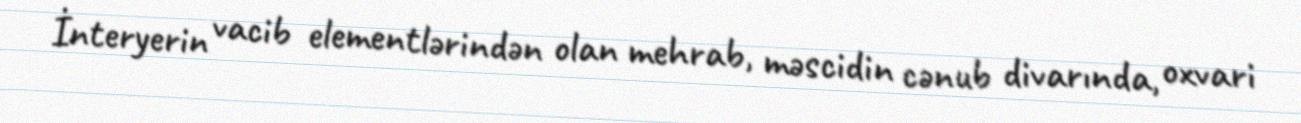
İnteryerin vacib elementlərindən olan mehrab, məscidin cənub divarında, oxvari